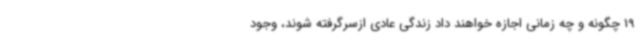
19 چگونه و چه زمانی اجازه خواهند داد زندگی عادی ازسرگرفته شوند، وجود